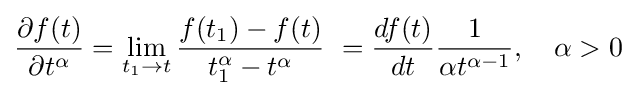
{\frac {\partial f(t)}{\partial t^{\alpha }}}=\lim _{t_{1}\rightarrow t}{\frac {f(t_{1})-f(t)}{t_{1}^{\alpha }-t^{\alpha }}}\ ={\frac {df(t)}{dt}}{\frac {1}{\alpha t^{\alpha -1}}},\quad \alpha >0